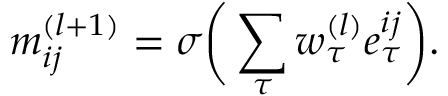
m _ { i j } ^ { ( l + 1 ) } = \sigma \bigg ( \sum _ { \tau } w _ { \tau } ^ { ( l ) } e _ { \tau } ^ { i j } \bigg ) .